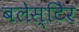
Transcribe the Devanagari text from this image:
बलेस्टिेर